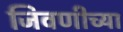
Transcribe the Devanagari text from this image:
जिवणीच्या